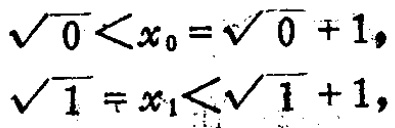
\(\sqrt{0}<x_0 = \sqrt{0}+1,\)

\(\sqrt{1}=x_1<\sqrt{1}+1,\)